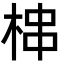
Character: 梙